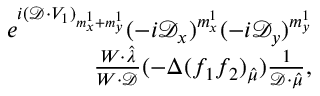
\begin{array} { r } { e ^ { i ( \mathcal { D } \cdot V _ { 1 } ) _ { m _ { x } ^ { 1 } + m _ { y } ^ { 1 } } } ( - i \mathcal { D } _ { x } ) ^ { m _ { x } ^ { 1 } } ( - i \mathcal { D } _ { y } ) ^ { m _ { y } ^ { 1 } } } \\ { \frac { W \cdot \hat { \lambda } } { W \cdot \mathcal { D } } ( - \Delta ( f _ { 1 } f _ { 2 } ) _ { \hat { \mu } } ) \frac { 1 } { \mathcal { D } \cdot \hat { \mu } } , } \end{array}